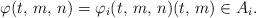
LaTeX: \begin{align*}\varphi(t, \, m, \, n)=\varphi_i(t, \, m,\, n) (t, \, m)\in A_i.\end{align*}